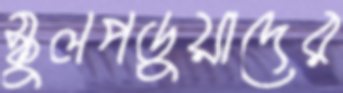
স্কুলপড়ুয়াদের